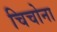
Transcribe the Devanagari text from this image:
चिचोना